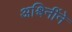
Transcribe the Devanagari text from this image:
अश्विनींने